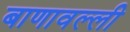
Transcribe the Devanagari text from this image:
बाणावल्ली